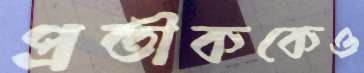
প্রতীককেও